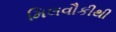
મિલવૌકીથી